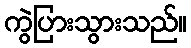
ကွဲပြားသွားသည်။